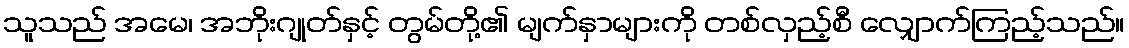
သူသည် အမေ၊ အဘိုးဂျုတ်နှင့် တွမ်တို့၏ မျက်နှာများကို တစ်လှည့်စီ လျှောက်ကြည့်သည်။